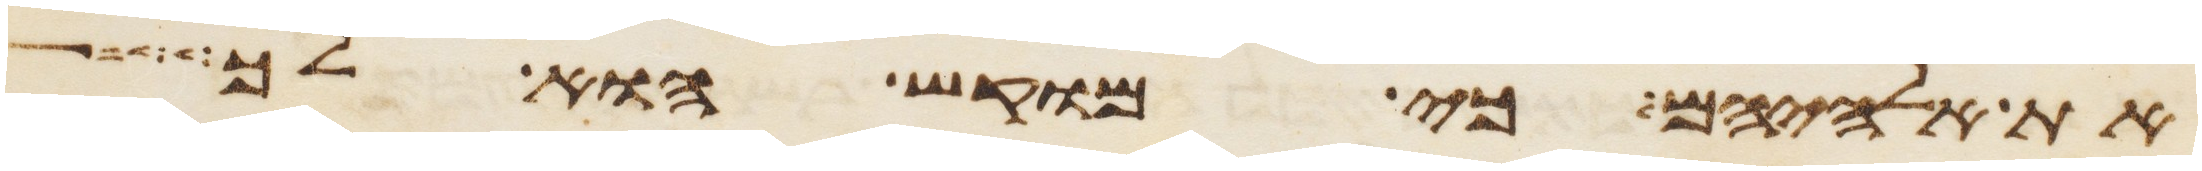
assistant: את אלהיהם כי מוקש הוא לך